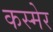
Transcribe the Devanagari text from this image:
कस्मेर